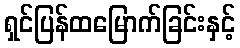
ရှင်ပြန်ထမြောက်ခြင်းနှင့်